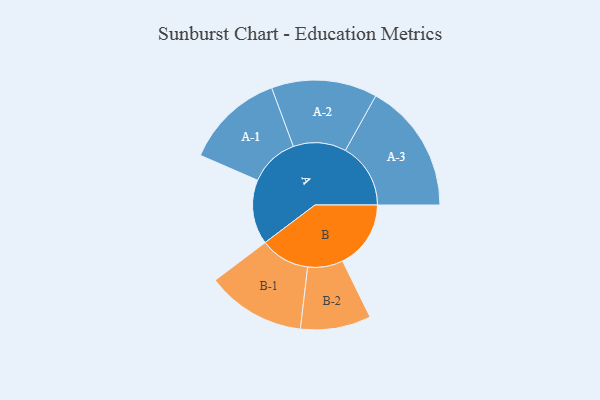
{"axis": {"x": "Segment", "y": "Value"}, "legend": ["", "A", "B"], "data": [{"x": "A", "y": 231, "type": ""}, {"x": "B", "y": 244, "type": ""}, {"x": "A-1", "y": 177, "type": "A"}, {"x": "A-2", "y": 189, "type": "A"}, {"x": "A-3", "y": 233, "type": "A"}, {"x": "B-1", "y": 177, "type": "B"}, {"x": "B-2", "y": 126, "type": "B"}]}